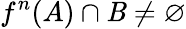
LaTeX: f^{n}(A)\cap\mathit{B}\neq\varnothing